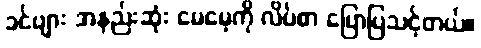
ခင်ဗျား အနည်းဆုံး မေမေ့ကို လိပ်စာ ပြောပြသင့်တယ်။